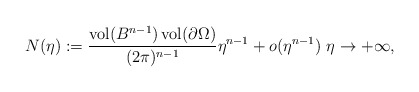
\begin{align*} N(\eta) := \frac{\operatorname{vol}(B^{n-1})\operatorname{vol}(\partial \Omega)}{(2\pi)^{n-1}} \eta^{n-1} + o(\eta^{n-1}) \ \eta \to +\infty,\end{align*}